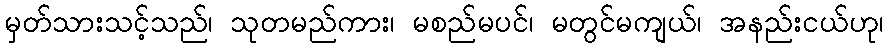
မှတ်သားသင့်သည်၊ သုတမည်ကား၊ မစည်မပင်၊ မတွင်မကျယ်၊ အနည်းငယ်ဟု၊